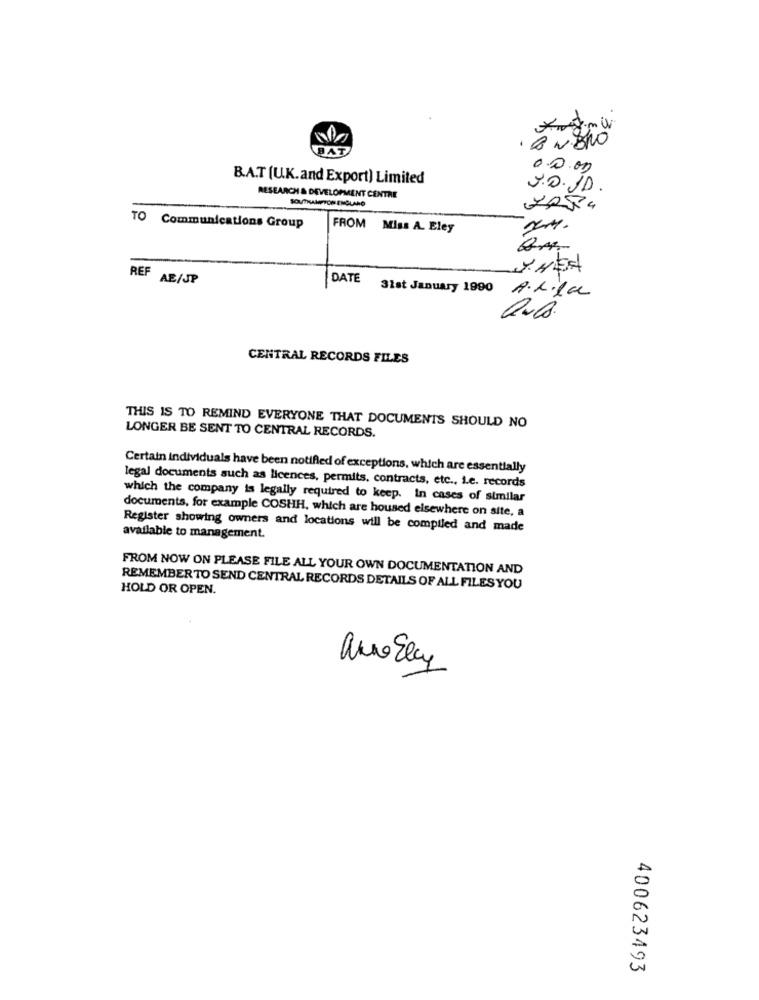
*wtmW
.ENBRO
BAT
00.00
B.A.T (U.K.and Export) Limited
J.O.J.D.
RESEARCH & DEVELOPMENT CENTRE
SOUTHAMPTON ENGLAND
7054
TO Communications Group
FROM Miss A. Eley
Qm
REF
AE/JP
DATE
31st January 1990 A.L.la
CENTRAL RECORDS FILES
THIS IS TO REMIND EVERYONE THAT DOCUMENTS SHOULD NO
LONGER BE SENT TO CENTRAL RECORDS.
Certain Individuals have been notified of exceptions, which are essentially
legal documents such as licences, permits. contracts, etc ., i.e. records
which the company is legally required to keep. In cases of similar
documents, for example COSHH, which are housed elsewhere on site, a
Register showing owners and locations will be compiled and made
available to management.
FROM NOW ON PLEASE FILE ALL YOUR OWN DOCUMENTATION AND
HOLD OR OPEN.
REMEMBER TO SEND CENTRAL RECORDS DETAILS OF ALL FILES YOU
anno Elay
400623493